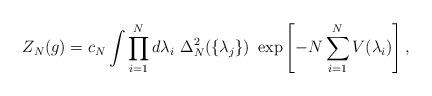
LaTeX: \begin{align*}Z_N(g)=c_N \int \prod^N_{i=1} d\lambda_i \ \Delta_N^2 (\{\lambda_j\}) \ \exp \left[-N \sum^N_{i=1} V(\lambda_i) \right],\end{align*}